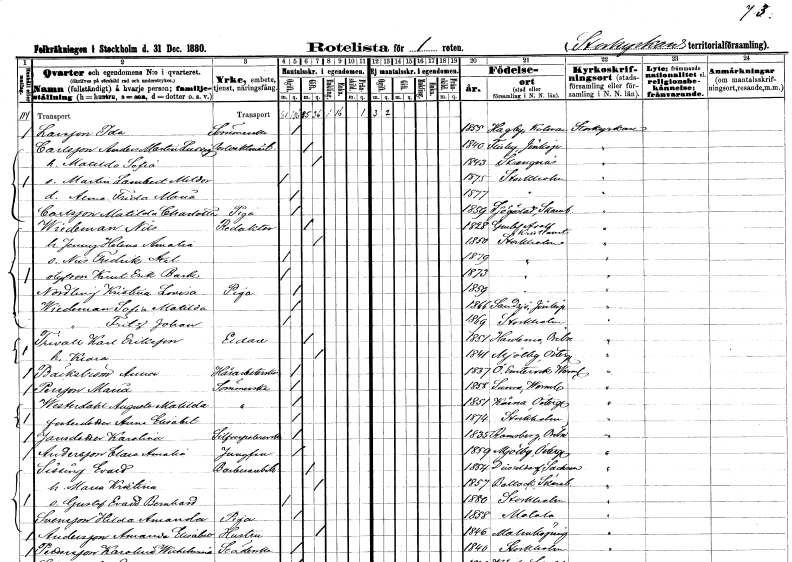
gt_parse: households: individuals: FN: Ida
EN: Larsson
YRKE: Sömmerska
KON: K
CIV: O
FODAR: 1855
FODFORS: Hagby Kalmar län
FN: Anders Ludvig
EN: Carlsson
YRKE: Portvakt
KON: M
CIV: G
FODAR: 1840
FODFORS: Flisby Jönköpings län
FN: Matilda Sofia
KON: K
CIV: G
FODAR: 1843
FODFORS: Strängnäs Södermanlands län
FN: Martin Lambert Mildor
KON: M
CIV: O
FODAR: 1875
FODFORS: Stockholm
FN: Anna Frida Maria
KON: K
CIV: O
FODAR: 1877
FODFORS: Stockholm
FN: Matilda Charlotta
EN: Carlsson
YRKE: Piga
KON: K
CIV: O
FODAR: 1859
FODFORS: Sjögestad Östergötlands län
FN: Nils
EN: Wiedeman
YRKE: Redaktör
KON: M
CIV: G
FODAR: 1828
FODFORS: Gustav Adolf Kristianstads län
FN: Jenny Helena Amalia
KON: K
CIV: G
FODAR: 1850
FODFORS: Stockholm
FN: Nils Fredrik Axel
KON: M
CIV: O
FODAR: 1879
FODFORS: Stockholm
FN: Knut Erik
EN: Bark
KON: M
CIV: O
FODAR: 1873
FODFORS: Stockholm
FN: Kristina Lovisa
EN: Nordling
YRKE: Piga
KON: K
CIV: O
FODAR: 1859
FODFORS: Stockholm
FN: Sofia Matilda
EN: Wiedeman
KON: K
CIV: O
FODAR: 1866
FODFORS: Sandsjö Jönköpings län
FN: Fritz Johan
EN: Wiedeman
KON: M
CIV: O
FODAR: 1869
FODFORS: Stockholm
FN: Karl
EN: Trivall Eriksson
YRKE: Eldare
KON: M
CIV: G
FODAR: 1851
FODFORS: Hardemo Örebro län
FN: Klara
KON: K
CIV: G
FODAR: 1841
FODFORS: Mjölby Östergötlands län
FN: Anna
EN: Bäckström
YRKE: Hårarbeterska
KON: K
CIV: O
FODAR: 1837
FODFORS: Östra Ämtervik Värmlands län
FN: Maria
EN: Persson
YRKE: Sömmerska
KON: K
CIV: O
FODAR: 1858
FODFORS: Sunne Värmlands län
FN: Augusta Matilda
EN: Westerdahl
YRKE: Sömmerska
KON: K
CIV: O
FODAR: 1851
FODFORS: Kärna Östergötlands län
FN: Anna Elisabet
KON: K
CIV: O
FODAR: 1874
FODFORS: Stockholm
FN: Karolina
EN: Jansdotter
YRKE: Silverpolererska
KON: K
CIV: O
FODAR: 1835
FODFORS: Ramsberg Örebro län
FN: Clara Amalia
EN: Andersson
YRKE: Jungfru
KON: K
CIV: O
FODAR: 1859
FODFORS: Mjölby Östergötlands län
FN: Evald
EN: Lissing
YRKE: Barberiarbetare
KON: M
CIV: G
FODAR: 1854
FN: Maria Kristina
KON: K
CIV: G
FODAR: 1857
FODFORS: Baltak Skaraborgs län
FN: Gustaf Evald Bernhard
KON: M
CIV: O
FODAR: 1880
FODFORS: Stockholm
FN: Hilda Amanda
EN: Svensson
YRKE: Piga
KON: K
CIV: O
FODAR: 1858
FODFORS: Motala Östergötlands län